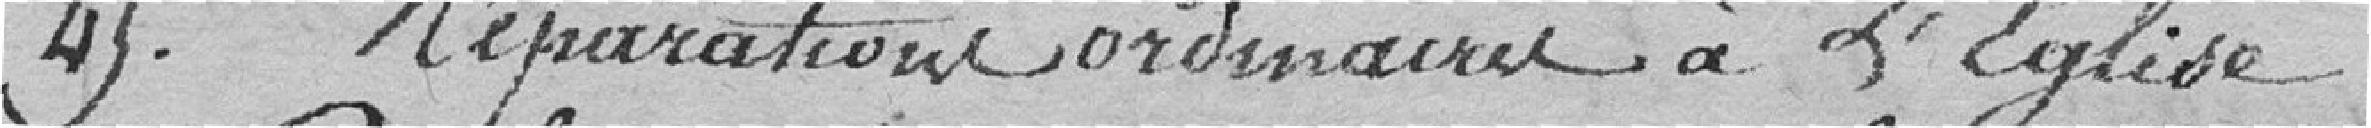
45. Réparation ordinaire à l'église